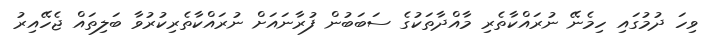
ވިހަ ދުމުގައި ހިމެނޭ ނުރައްކާތެރި މާއްދާތަކުގެ ސަބަބުން ފުރާނައަށް ނުރައްކާތެރިކުރުވާ ބަލިތައް ޖެހޭއިރު